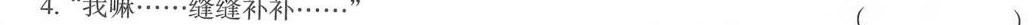
4.”我嘛……缝缝补补……” （ ）